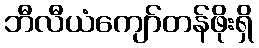
ဘီလီယံကျော်တန်ဖိုးရှိ